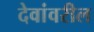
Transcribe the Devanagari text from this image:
देवांवरील